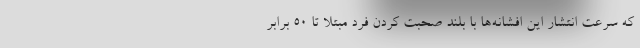
که سرعت انتشار این افشانه‌ها با بلند صحبت کردن فرد مبتلا تا ۵۰ برابر